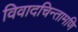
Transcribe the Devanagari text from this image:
विवादचिन्तामणि